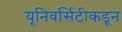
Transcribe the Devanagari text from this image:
यूनिवर्सिटीकडून